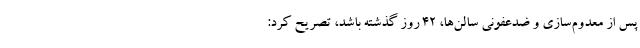
پس از معدوم‌سازی و ضدعفونی سالن‌ها، ۴۲ روز گذشته باشد، تصریح کرد: